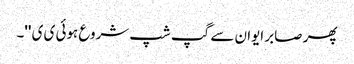
پھر صابر ایوان سے گپ شپ شروع ہوئی ی ی ''۔